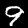
Digit: 9